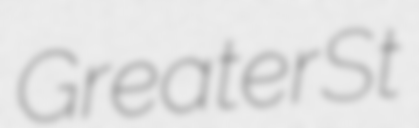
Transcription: Greater St